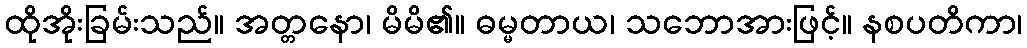
ထိုအိုးခြမ်းသည်။ အတ္တနော၊ မိမိ၏။ ဓမ္မတာယ၊ သဘောအားဖြင့်။ နစပတိကာ၊